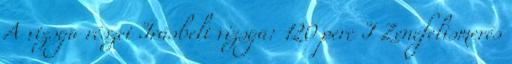
A vizsga részei Írásbeli vizsga: 120 perc I Zenefelismerés